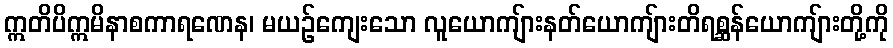
ဣတိပိဣမိနာစကာရဏေန၊ မယဉ်ကျေးသော လူယောကျ်ားနတ်ယောကျ်ားတိရစ္ဆန်ယောကျ်ားတို့ကို